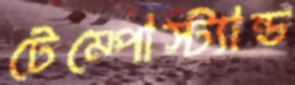
টেম্পোস্ট্যান্ড